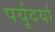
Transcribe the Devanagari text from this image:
पर्यूदर्या